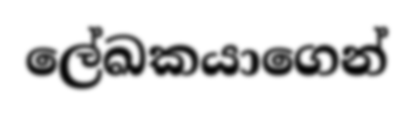
ලේඛකයාගෙන්